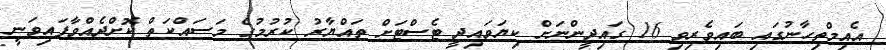
އެއިމްތިހާނުގައި ބައިވެރިވި 16 ގައިދީންނަށް ކިޔަވައިދީ ޓެސްޓަށް ތައްޔާރު ކުރުމުގެ މަސައްކަތް ކޮށްދެއްވާފައިވަނީ